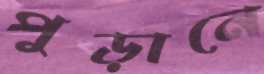
পুড়ানে